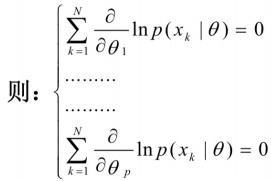
\[
\text{则：}
\left\{
\begin{array}{l}
\sum_{k = 1}^{N} \frac{\partial}{\partial \theta_{1}} \ln p(x_{k} \mid \theta) = 0 \\
\cdots\cdots \\
\sum_{k = 1}^{N} \frac{\partial}{\partial \theta_{p}} \ln p(x_{k} \mid \theta) = 0
\end{array}
\right.
\]